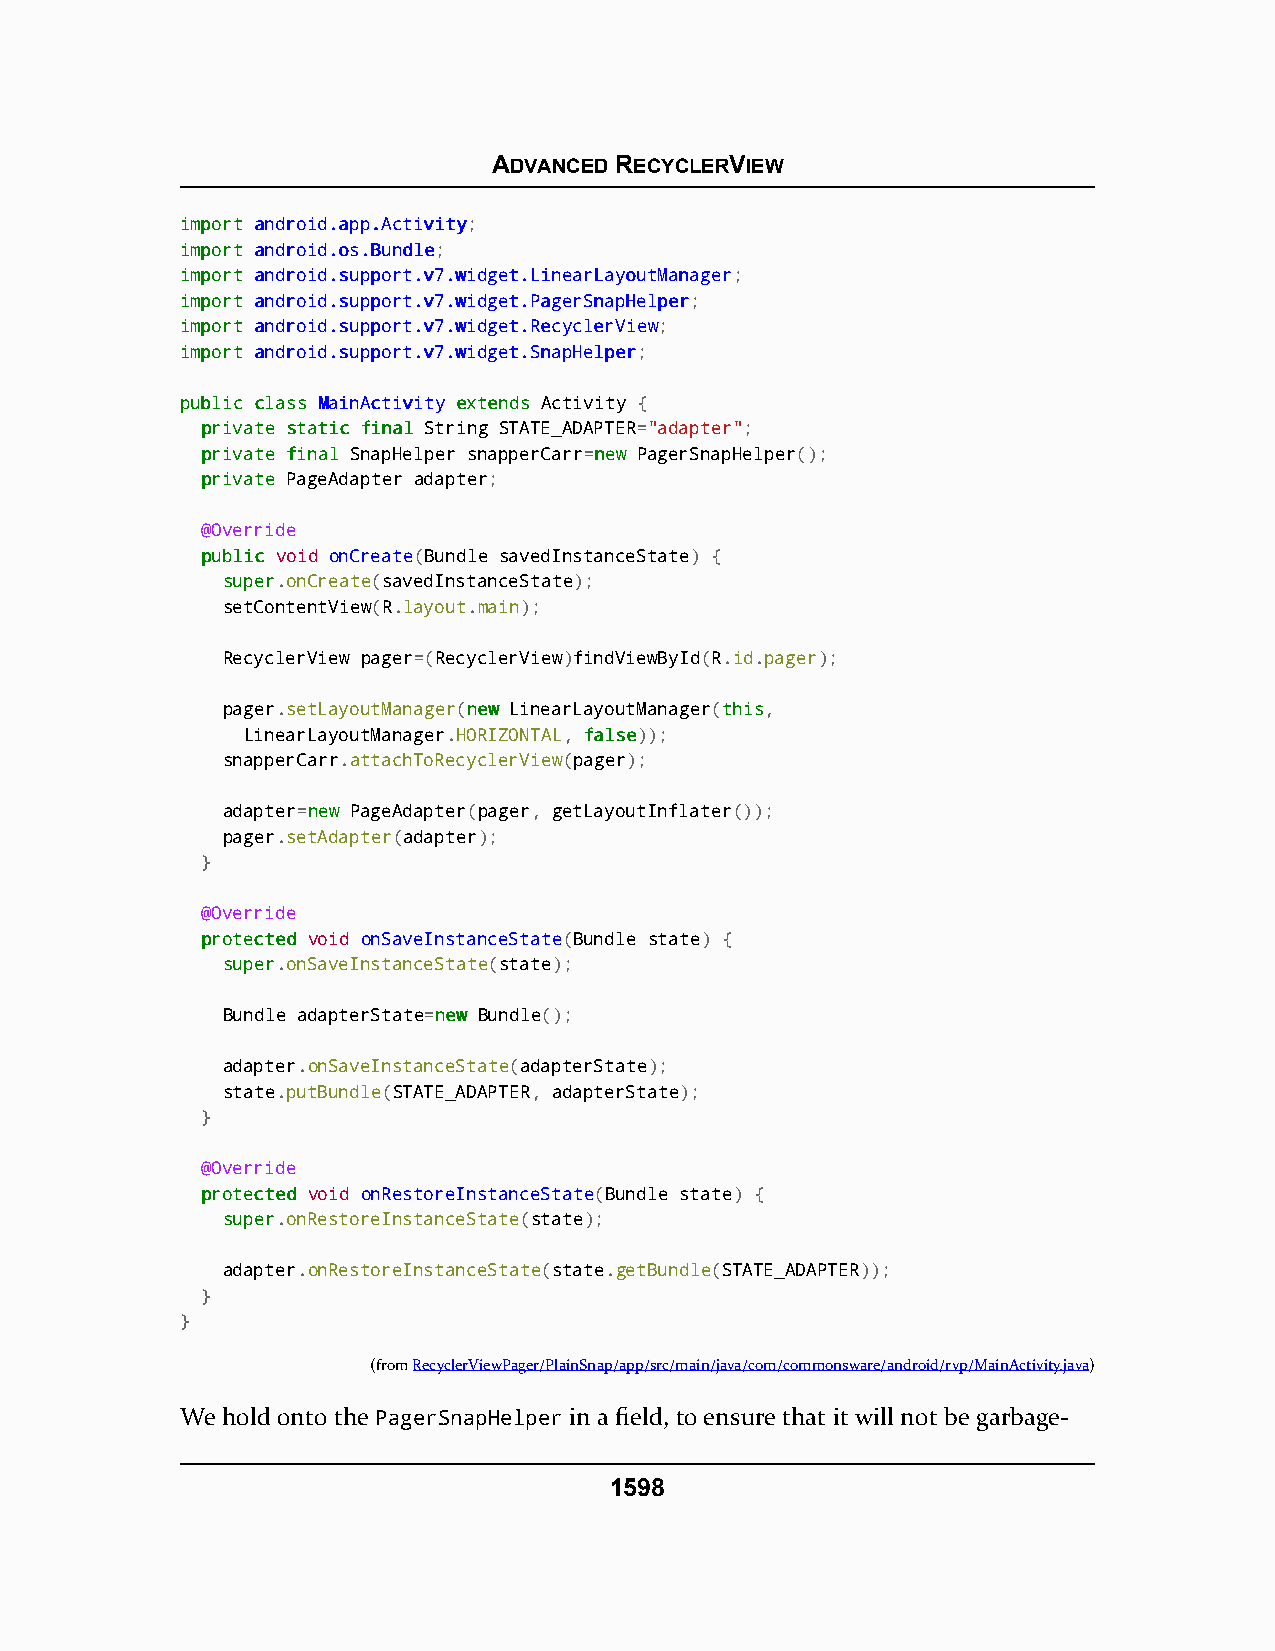
ADVANCED RECYCLERVIEW
 iimmppoorrtt aannddrrooiidd..aapppp..AAccttiivviittyy;
 iimmppoorrtt aannddrrooiidd..ooss..BBuunnddllee;
 iimmppoorrtt aannddrrooiidd..ssuuppppoorrtt..vv77..wwiiddggeett..LLiinneeaarrLLaayyoouuttMMaannaaggeerr;
 iimmppoorrtt aannddrrooiidd..ssuuppppoorrtt..vv77..wwiiddggeett..PPaaggeerrSSnnaappHHeellppeerr;
 iimmppoorrtt aannddrrooiidd..ssuuppppoorrtt..vv77..wwiiddggeett..RReeccyycclleerrVViieeww;
 iimmppoorrtt aannddrrooiidd..ssuuppppoorrtt..vv77..wwiiddggeett..SSnnaappHHeellppeerr;
 ppuubblliicc ccllaassss MMaaiinnAAccttiivviittyy eexxtteennddss Activity {
 pprriivvaattee ssttaattiicc ffiinnaall String STATE_ADAPTER="adapter";
 pprriivvaattee ffiinnaall SnapHelper snapperCarr=nneeww PagerSnapHelper();
 pprriivvaattee PageAdapter adapter;
 @Override
 ppuubblliicc void onCreate(Bundle savedInstanceState) {
 ssuuppeerr.onCreate(savedInstanceState);
 setContentView(R.layout.main);
 RecyclerView pager=(RecyclerView)findViewById(R.id.pager);
 pager.setLayoutManager(nneeww LinearLayoutManager(tthhiiss,
 LinearLayoutManager.HORIZONTAL, ffaallssee));
 snapperCarr.attachToRecyclerView(pager);
 adapter=nneeww PageAdapter(pager, getLayoutInflater());
 pager.setAdapter(adapter);
 }
 @Override
 pprrootteecctteedd void onSaveInstanceState(Bundle state) {
 ssuuppeerr.onSaveInstanceState(state);
 Bundle adapterState=nneeww Bundle();
 adapter.onSaveInstanceState(adapterState);
 state.putBundle(STATE_ADAPTER, adapterState);
 }
 @Override
 pprrootteecctteedd void onRestoreInstanceState(Bundle state) {
 ssuuppeerr.onRestoreInstanceState(state);
 adapter.onRestoreInstanceState(state.getBundle(STATE_ADAPTER));
 }
 }
 (fromRecyclerViewPager/PlainSnap/app/src/main/java/com/commonsware/android/rvp/MainActivity.java)
 We hold onto the PagerSnapHelper in a field, to ensure that it will not be garbage-
 1598